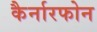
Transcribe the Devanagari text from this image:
कैर्नारफोन